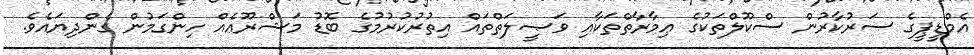
އެމްޑީޕީގެ ސަރުކާރުން ސްކޫލްތަކުގެ ޢިމާރާތްތަކާއި ވަޞީލަތްތައް އިތުރުކުރުމުގެ ބޮޑު މަޝްރޫޢެއް ހިންގަމުން ގެންދިޔައެވެ.